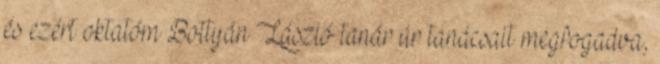
és ezért oktatóm Bottyán László tanár úr tanácsait megfogadva,